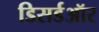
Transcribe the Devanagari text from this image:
डिसर्डऑर